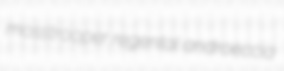
mosstrooper regental androeccia